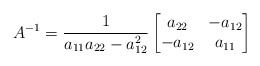
\begin{align*}A^{-1} = \frac1{a_{11}a_{22} - a_{12}^2}\begin{bmatrix}a_{22} & -a_{12}\\-a_{12} & a_{11}\end{bmatrix}\end{align*}